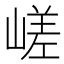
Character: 嵯